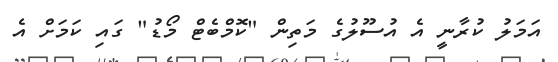
އަމަލު ކުރާނީ އެ އުސޫލުގެ މަތިން "ކޮމްބެޓް މޯޑު" ގައި ކަމަށް އެ